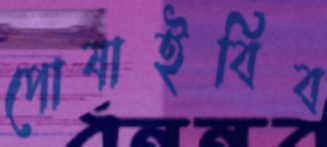
পোষাইবিব